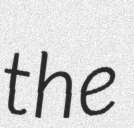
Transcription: the